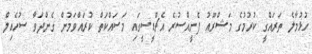
ހުޅުމާލެ ތަރައްގީ ކުރުމުގެ މަޝްރޫއު ފެށީއްސުރެ އެޗްޑީސީގައި މަސައްކަތް ކުރައްވަމުން ގެންދަވާ ސުހެއިލް